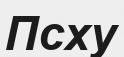
Псху